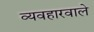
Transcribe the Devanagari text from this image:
व्यवहारवाले